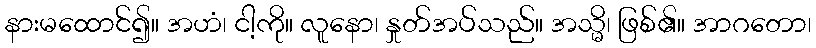
နားမထောင်၍။ အဟံ၊ ငါ့ကို။ လူနော၊ နှုတ်အပ်သည်။ အသ္မိ၊ ဖြစ်၏။ အာဂတော၊